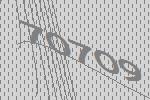
70709